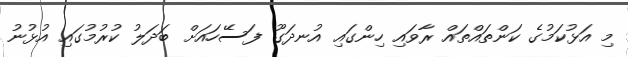
މި އަޅުކަމުގެ ކަންތައްތައް ރާވައި ހިންގައި އުނދަގޫ ފަސޭހައަށް ބަދަލު ކުރުމުގައި އުޅުނު